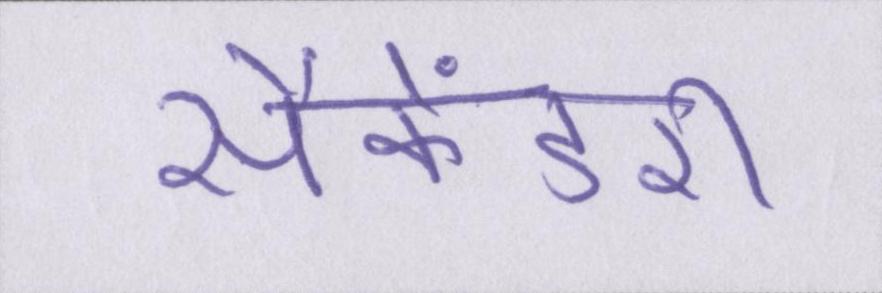
सैकेंडरी